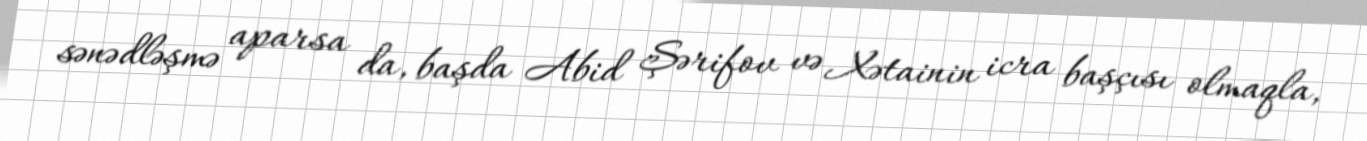
sənədləşmə aparsa da, başda Abid Şərifov və Xətainin icra başçısı olmaqla,